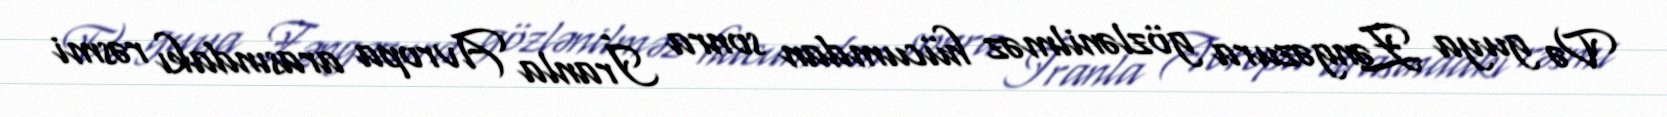
Və guya Zəngəzura gözlənilməz hücumdan sonra İranla Avropa arasındakı rəsmi